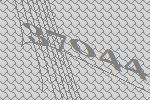
37044